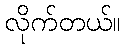
လိုက်တယ်။